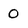
Character: 0